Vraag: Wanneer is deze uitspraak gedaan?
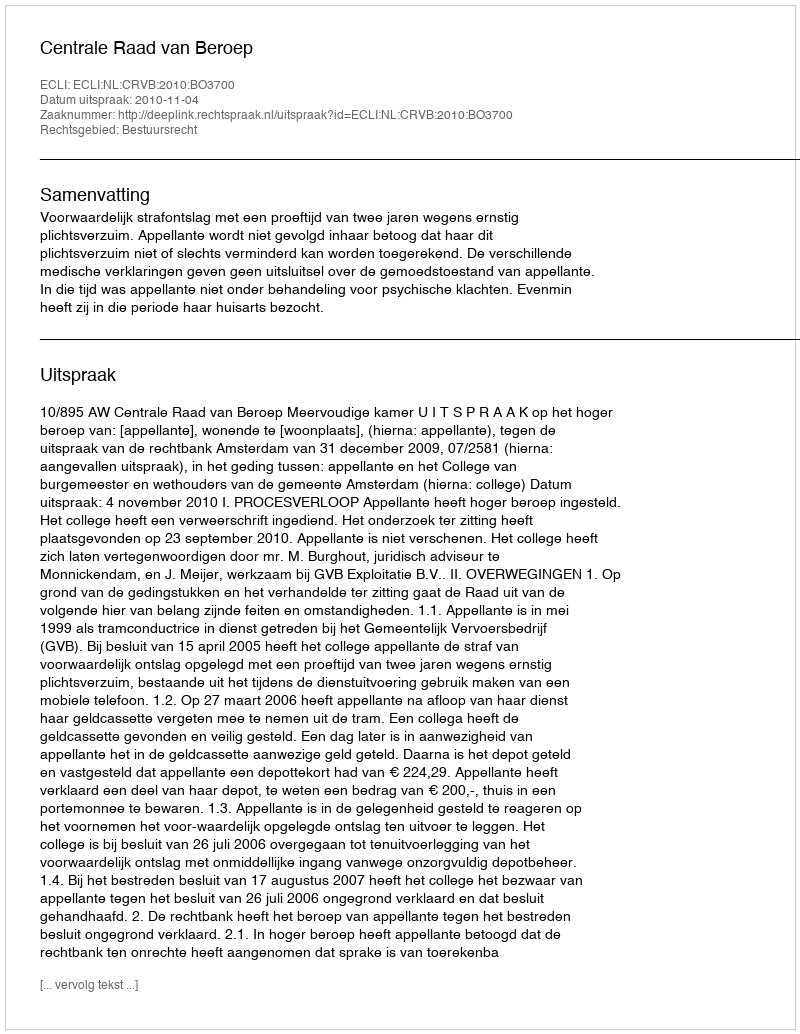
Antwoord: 2010-11-04